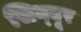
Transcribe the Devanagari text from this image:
सिन्‍दूर